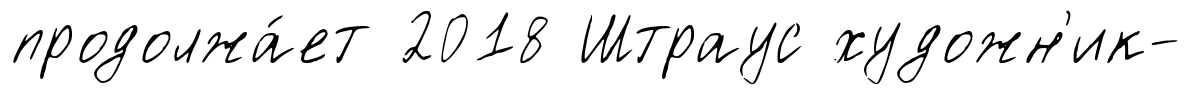
продолжа́ет 2018 Штраус художн'ик-